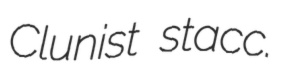
Clunist stacc.